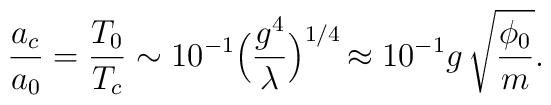
{a_c\over a_0} = {T_0\over T_c} \sim 10^{-1} \Bigr({g^4\over\lambda}\Bigl)^{1/4}\,\approx 10^{-1} g\,\sqrt{\phi_0\over  m} .